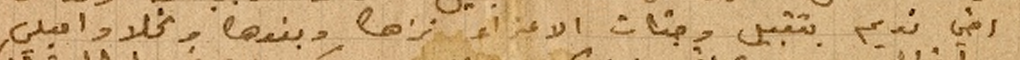
اخي نديم بتقبيل وجنات الاعزاء نزها وبنوها ونجلا واميلي